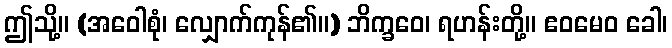
ဤသို့။ (အဝေါစုံ၊ လျှောက်ကုန်၏။) ဘိက္ခဝေ၊ ရဟန်းတို့။ ဧဝမေဝ ခေါ၊